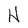
Character: H